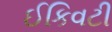
ઈકિવટી